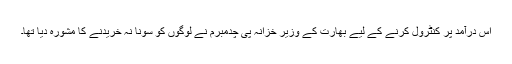
اس درآمد پر کنٹرول کرنے کے لیے بھارت کے وزیر خزانہ پی چدمبرم نے لوگوں کو سونا نہ خریدنے کا مشورہ دیا تھا۔